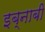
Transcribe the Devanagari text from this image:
इब्नाबी